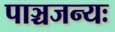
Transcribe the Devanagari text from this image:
पाञ्चजन्यः